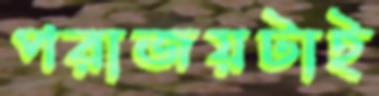
পরাজয়টাই